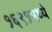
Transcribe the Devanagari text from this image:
१६९१मध्ये